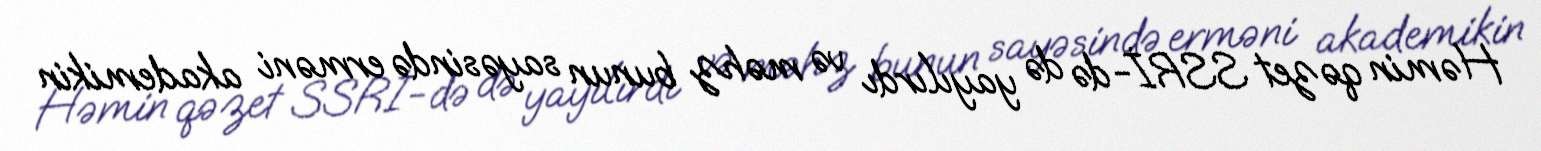
Həmin qəzet SSRİ-də də yayılırdı və məhz bunun sayəsində erməni akademikin